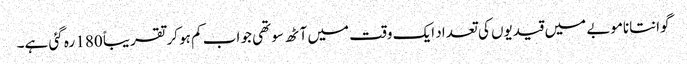
گوانتاناموبے میں قیدیوں کی تعداد ایک وقت میں آٹھ سو تھی جو اب کم ہو کر تقریباً 180 رہ گئی ہے۔